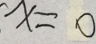
x = 0